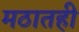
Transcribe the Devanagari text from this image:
मठातही